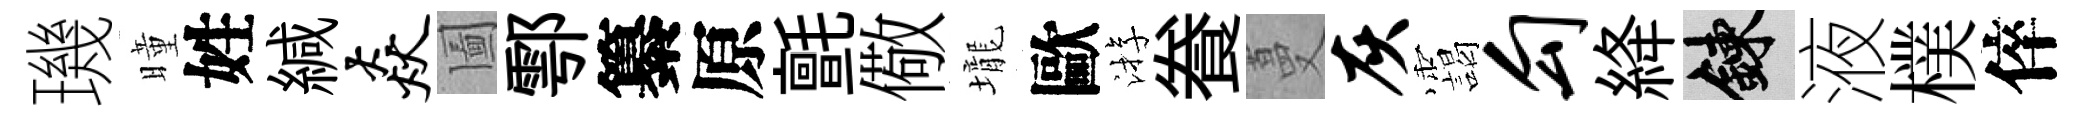
璣曈姓緘焱圗鄠纂原氈儆壠歐㳺飬蔓灰靄勾絳練液樸倅